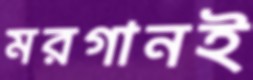
মরগানই